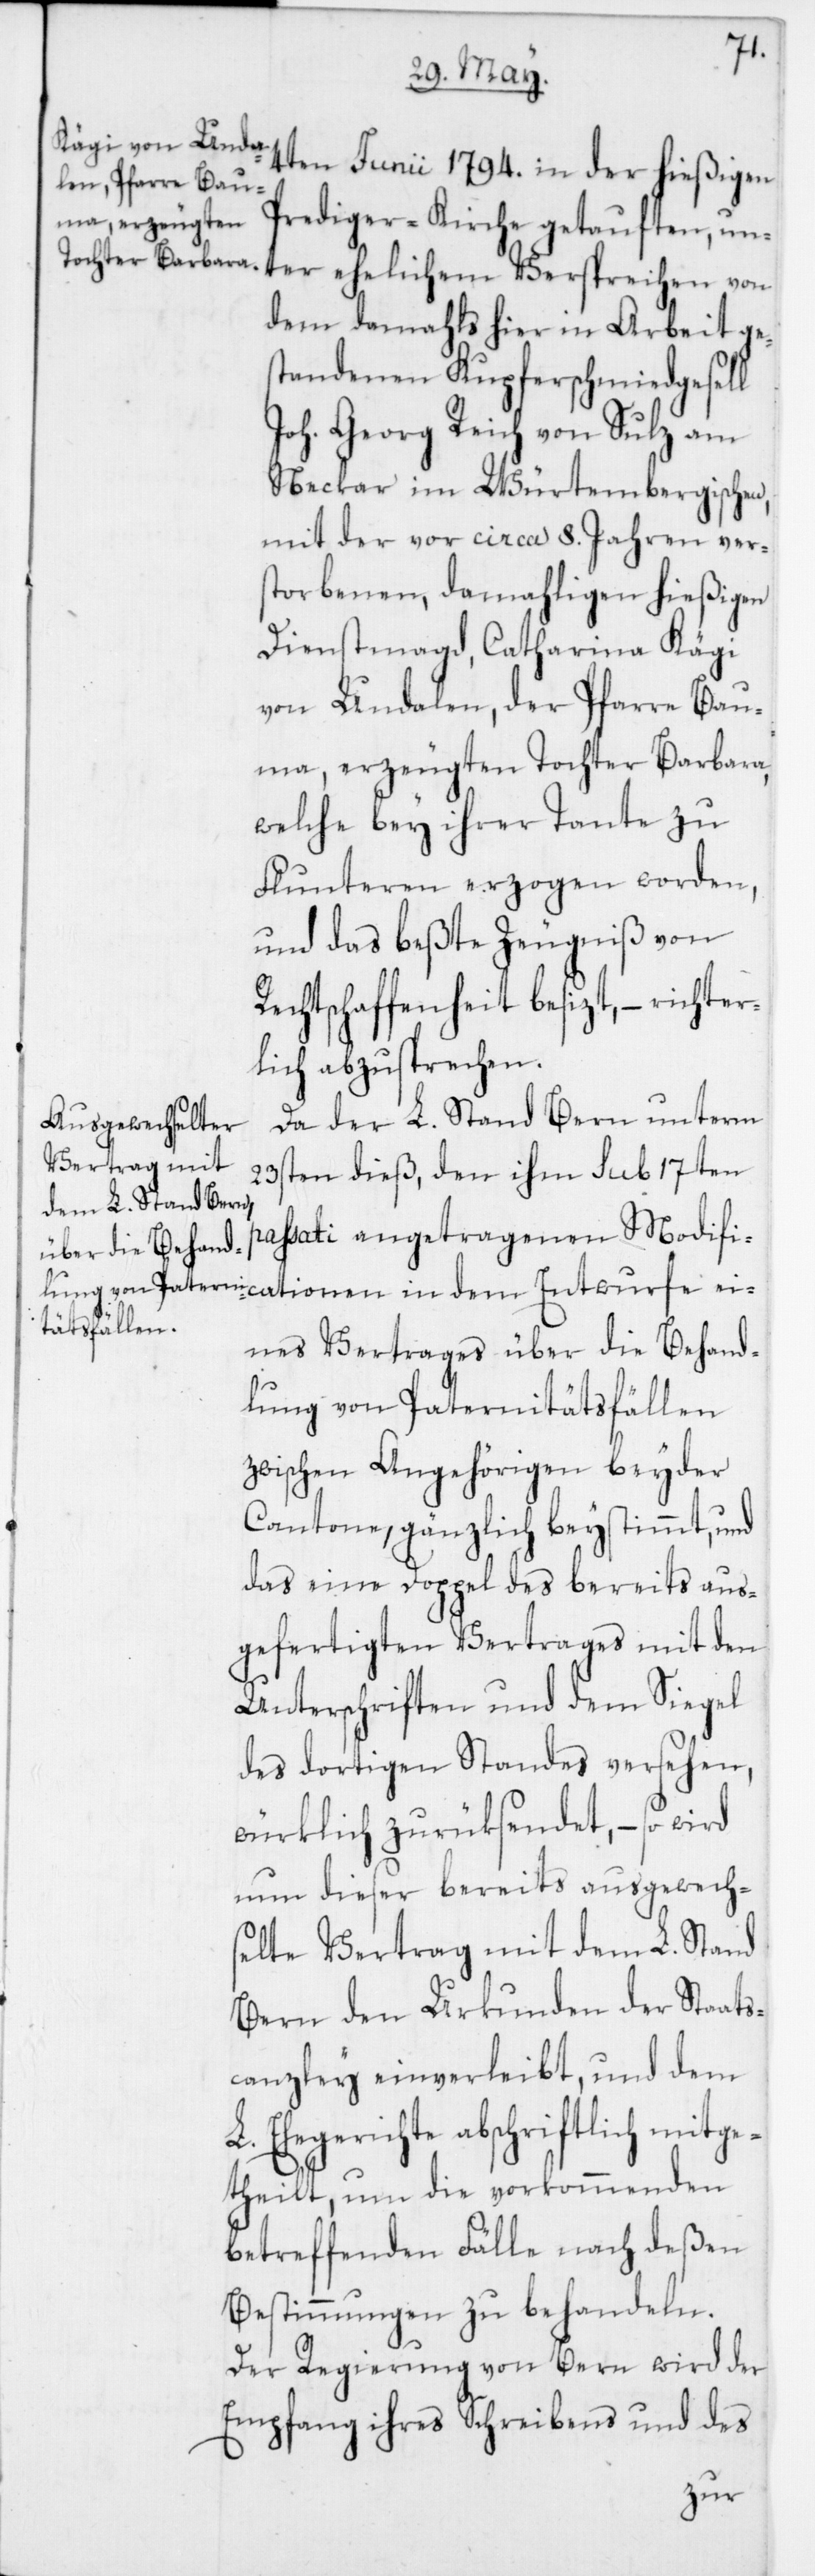
4ten Junii 1794 in der hießigen
Prediger-Kirche getauften, un¬
ter ehelichem Versprechen von
dem damahls hier in Arbeit ges¬
tandenen Kupferschmiedgesell
Joh. Georg Reich von Sulz am
Neckar im Würtembergischen,
mit der vor circa 8 Jahren vers¬
torbenen, damahligen hießigen
Dienstmagd Catharina Kägi
von Undalen der Pfarre Bau¬
ma, erzeugten Tochter Barbara,
welche bey ihrer Tante zu
Flunteren erzogen worden,
und das beste Zeugniß von
Rechtschaffenheit besizt, – richter¬
lich abzusprechen.
Da der L. Stand Bern unterm
23sten dieß, den ihm sub 17ten
passati angetragenen Modifi¬
cationen in dem Entwurfe ei¬
nes Vertrages über die Behand¬
lung von Paternitätsfällen
zwischen Angehörigen beyder
Cantone, gänzlich beystimmt, und
das eine Doppel des bereits aus¬
gefertigten Vertrages mit den
Unterschriften und dem Siegel
des dortigen Standes versehen,
würklich zurüksendet, – so wird
nun dieser bereits ausgewech¬
selte Vertrag mit dem L. Stand
Bern den Urkunden der Staats¬
canzley einverleibt, und dem
Ehegerichte abschriftlich mitge¬
theilt, um die vorkommenden
betreffenden Fälle nach deßen
Bestimmungen zu behandeln.
Der Regierung von Bern wird der
Empfang ihres Schreibens und des